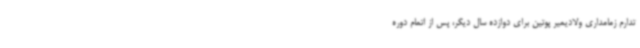
تدارم زمامداری ولادیمیر پوتین برای دوازده سال دیگر،‌ پس از اتمام دوره